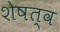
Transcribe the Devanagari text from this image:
शेषत्व